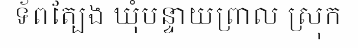
ទ័ពត្បែង ឃុំបន្ទាយព្រាល ស្រុក